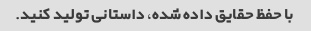
با حفظ حقایق داده شده، داستانی تولید کنید.